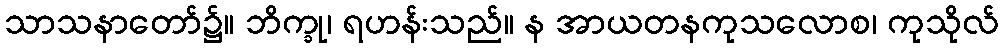
သာသနာတော်၌။ ဘိက္ခု၊ ရဟန်းသည်။ န အာယတနကုသလောစ၊ ကုသိုလ်